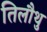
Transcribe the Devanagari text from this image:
तिलौथु